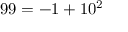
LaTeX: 9 9 = - 1 + 1 0 ^ { 2 }